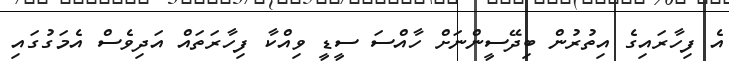
އެ ފިހާރައިގެ އިތުރުން ބިދޭސީންނަށް ހާއްސަ ސީޑީ ވިއްކާ ފިހާރަތައް އަދިވެސް އެމަގުގައި